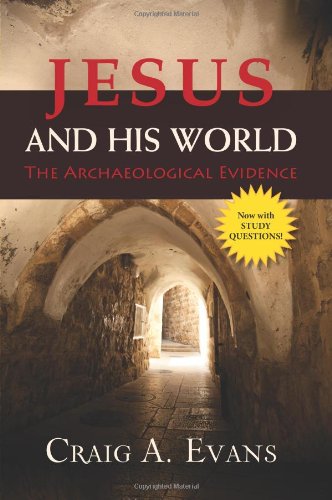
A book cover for Jesus and His World: The Archaeological Evidence; Craig A. Evans; Christian Books & Bibles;